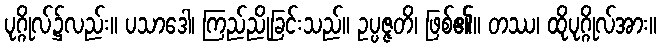
ပုဂ္ဂိုလ်၌လည်း။ ပသာဒေါ၊ ကြည်ညိုခြင်းသည်။ ဥပ္ပဇ္ဇတိ၊ ဖြစ်၏။ တဿ၊ ထိုပုဂ္ဂိုလ်အား။